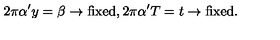
2 \pi \alpha ^ { \prime } y = \beta \rightarrow \mathrm { f i x e d } , 2 \pi \alpha ^ { \prime } T = t \rightarrow \mathrm { f i x e d } .